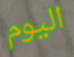
اليوم